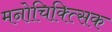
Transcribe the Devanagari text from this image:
मनोचिक्त्सिक